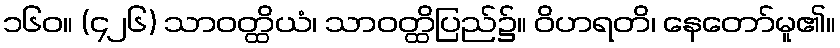
၁၆၀။ (၄၂၆) သာဝတ္ထိယံ၊ သာဝတ္ထိပြည်၌။ ဝိဟရတိ၊ နေတော်မူ၏။